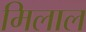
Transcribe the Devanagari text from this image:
मिलाल